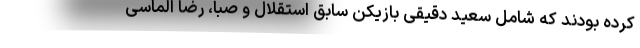
کرده بودند که شامل سعید دقیقی بازیکن سابق استقلال و صبا، رضا الماسی